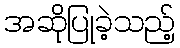
အဆိုပြုခဲ့သည့်